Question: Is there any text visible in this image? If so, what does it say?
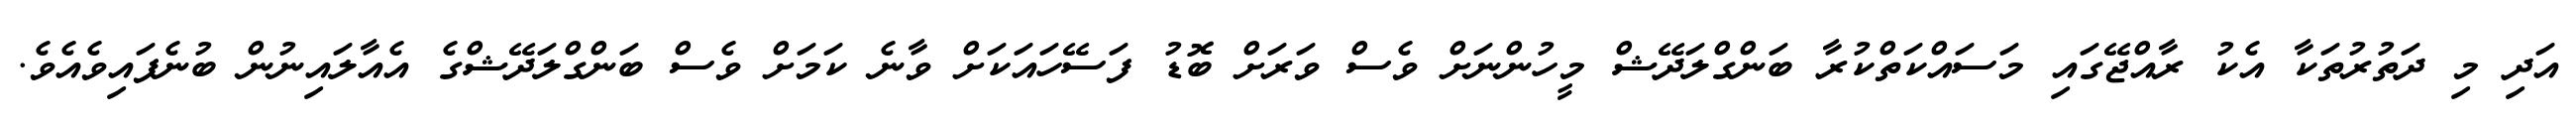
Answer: އަދި މި ދަތުރުތަކާ އެކު ރާއްޖޭގައި މަސައްކަތްކުރާ ބަންގްލަދޭޝް މީހުންނަށް ވެސް ވަރަށް ބޮޑު ފަސޭހައަކަށް ވާނެ ކަމަށް ވެސް ބަންގްލަދޭޝްގެ އެއާލައިނުން ބުނެފައިވެއެވެ.